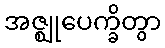
အဇ္ဈုပေက္ခိတွာ